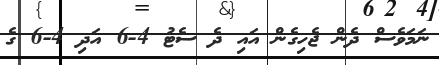
ނަމަވެސް ދެން ޖެހިގެން އައި ދެ ސެޓު 4-6 އަދި 4-6 ގެ